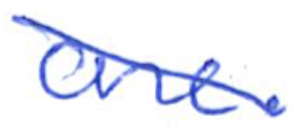
Text: one.
Cross-out: diagonal
Writing tool: ballpoint